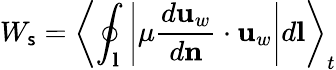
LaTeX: W_{\mathsf{s}}=\left\langle\oint_{\mathbf{{l}}}\left|\mu\frac{{d\mathbf{{u}}_{w}}}{{d\mathbf{{n}}}}\cdot\mathbf{{u}}_{w}\right|d\mathbf{{l}}\right\rangle_{t}